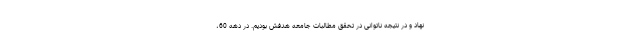
نهاد و در نتیجه ناتوانی در تحقق مطالبات جامعه هدفش بودیم. در دهه 60،